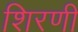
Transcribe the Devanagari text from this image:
शिरणी